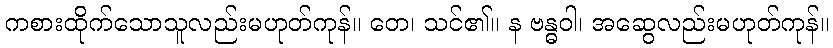
ကစားထိုက်သောသူလည်းမဟုတ်ကုန်။ တေ၊ သင်၏။ န ဗန္ဓဝါ၊ အဆွေလည်းမဟုတ်ကုန်။